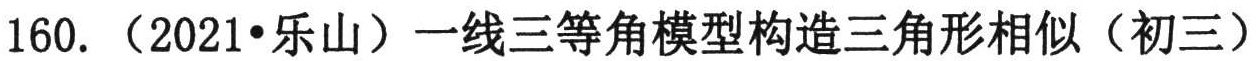
160. （2021•乐山）一线三等角模型构造三角形相似（初三）